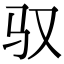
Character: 驭